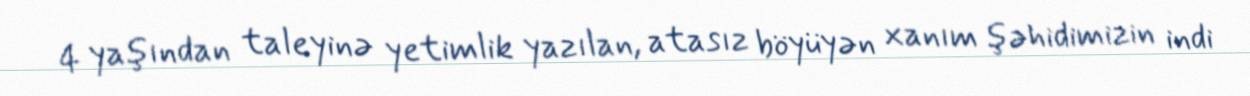
4 yaşından taleyinə yetimlik yazılan, atasız böyüyən xanım şəhidimizin indi